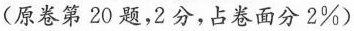
(原卷第20题，2分，占卷面分2%)